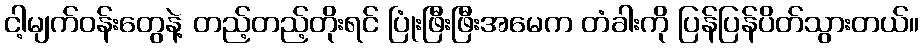
ငါ့မျက်ဝန်းတွေနဲ့ တည့်တည့်တိုးရင် ပြုံးဖြီးဖြီးအမေက တံခါးကို ပြန်ပြန်ပိတ်သွားတယ်။